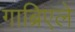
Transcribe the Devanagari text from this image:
गाब्रिएले